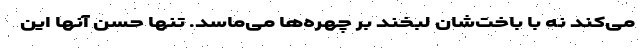
می‌کند نه با باخت‌شان لبخند بر چهره‌ها می‌ماسد. تنها حُسن آنها این